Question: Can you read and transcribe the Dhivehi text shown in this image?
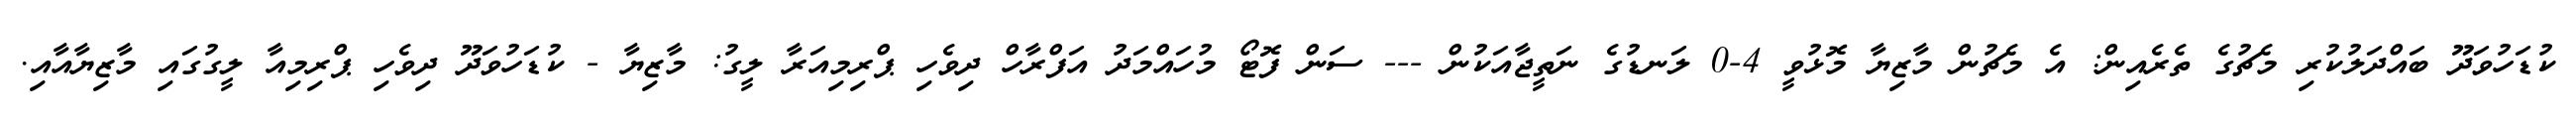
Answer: ކުޑަހުވަދޫ ބައްދަލުކުރި މެޗުގެ ތެރެއިން: އެ މެޗުން މާޒިޔާ މޮޅުވީ 4-0 ލަނޑުގެ ނަތީޖާއަކުން --- ސަން ފޮޓޯ މުހައްމަދު އަފްރާހް ދިވެހި ޕްރިމިއަރާ ލީގު: މާޒިޔާ - ކުޑަހުވަދޫ ދިވެހި ޕްރިމިއާ ލީގުގައި މާޒިޔާއާއި.